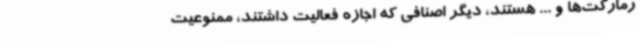
رمارکت‌ها و ... هستند، دیگر اصنافی که اجازه فعالیت داشتند، ممنوعیت